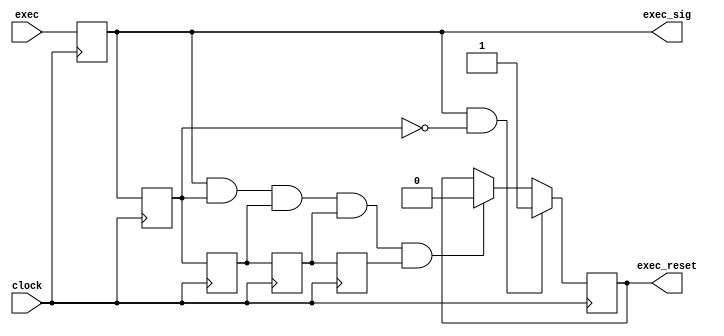
module execution (
    input clock, exec,
    output exec_sig,
    output reg exec_reset
);
    
    reg exec_sig0, exec_sig1, exec_sig2, exec_sig3, exec_sig4;

    always @(posedge clock) begin
        exec_sig0 <= exec;
    end

    always @(posedge clock) begin
        exec_sig1 <= exec_sig0;
    end

    always @(posedge clock) begin
        exec_sig2 <= exec_sig1;
    end

    always @(posedge clock) begin
        exec_sig3 <= exec_sig2;
    end

    always @(posedge clock) begin
        exec_sig4 <= exec_sig3;
    end

    assign exec_sig = exec_sig0;

    always @(posedge clock) begin
        if (exec_sig0 == 1'b1 && exec_sig1 == 1'b0) begin
            exec_reset <= 1'b1;
        end else if ((exec_sig0 & exec_sig1 & exec_sig2 & exec_sig3 & exec_sig4) == 1'b1) begin
            exec_reset <= 1'b0;
        end else begin
            exec_reset <= exec_reset;
        end
    end
endmodule